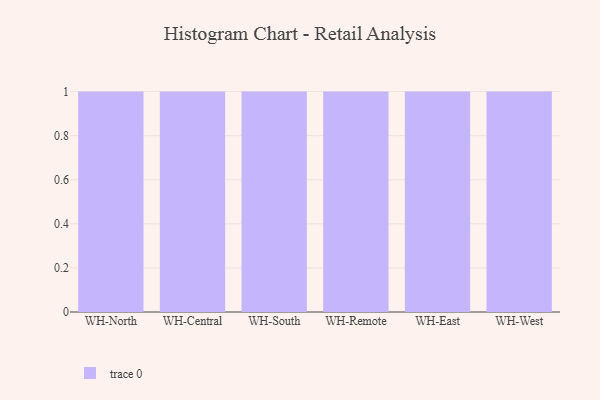
{"axis": {"x": "Warehouse", "y": "Customer Acquisition Cost (USD)"}, "legend": [""], "data": [{"x": "WH-North", "y": 12, "type": ""}, {"x": "WH-Central", "y": 28, "type": ""}, {"x": "WH-South", "y": 30, "type": ""}, {"x": "WH-Remote", "y": 45, "type": ""}, {"x": "WH-East", "y": 92, "type": ""}, {"x": "WH-West", "y": 68, "type": ""}]}